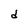
Character: d